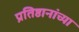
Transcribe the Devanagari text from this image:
प्रतिष्ठानांच्या